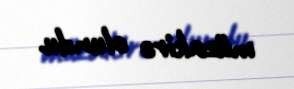
müzakirə olundu.